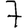
Digit: 7